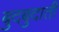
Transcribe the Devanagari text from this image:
बुदबुदाती